Report on vaccination in Madras 1877-1894 - 1877-1894
Year: 1877
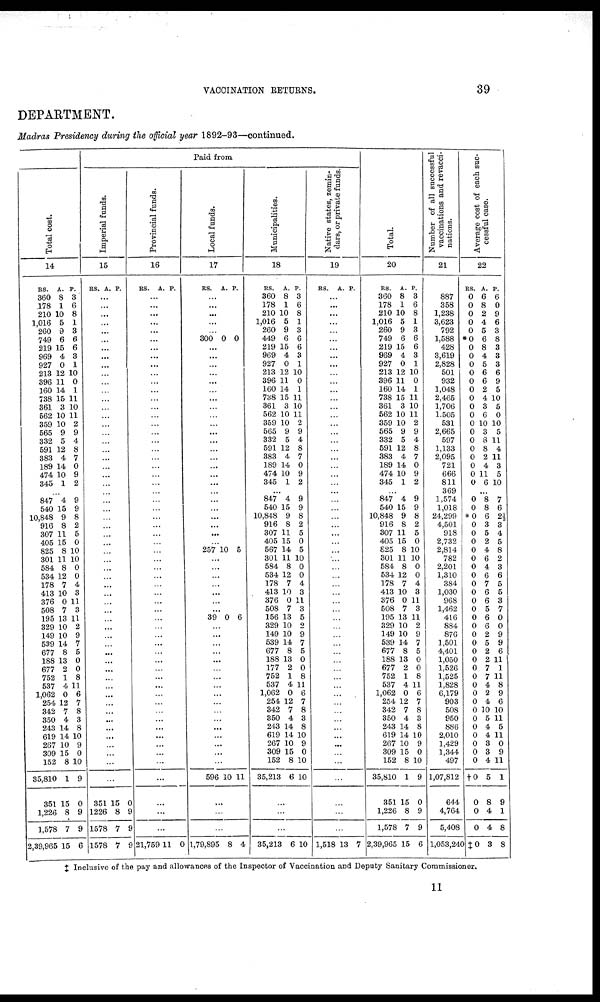
VACCINATION
RETURNS.
39
DEPARTMENT.
Madras Presidency during the official year 1892-93—continued.
Total cost.
14
RS.
360
178
210
1,016
260
749
219
969
927
218
396
160
738
361
562
359
565
332
591
383
189
474
345
A.
8
1
10
5
9
6
15
4
0
12
11
14
15
3
10
10
9
5
12
4
14
10
1
P.
3
6
8
1
3
6
6
3
1
10
0
1
11
10
11
2
9
4
8
7
0
9
2
...
847
540
10,848
916
307
405
825
301
584
534
178
413
376
508
195
329
149
539
677
188
677
752
537
1,062
254
342
350
243
619
267
309
152
35,810
351
1,226
1,576
2,39,965
4
15
9
8
11
15
8
11
8
12
7
10
0
7
13
10
10
14
8
13
2
1
4
0
12
7
4
14
14
10
15
8
1
15
8
7
15
9
9
8
2
5
0
10
10
0
0
4
3
11
3
11
2
9
7
5
0
0
8
11
6
7
8
3
8
10
9
0
10
9
0
9
9
6
Paid from
Imperial funds.
15
RS.
A.
P.
...
...
...
...
...
... ...
...
...
...
...
...
...
...
...
...
...
...
...
...
...
...
...
...
...
...
...
...
...
...
...
...
...
...
...
...
...
...
...
...
...
...
...
...
...
...
...
...
...
...
...
...
...
...
...
...
...
351
1226
1578
1578
15
8
7
7
0
9
9
9
Provincial funds.
16
RS.
A. P.
...
...
...
...
...
... ...
...
...
...
...
...
...
...
...
...
...
...
...
...
...
...
...
...
...
...
...
...
...
...
...
...
...
...
...
...
...
...
...
...
...
...
...
...
...
...
...
...
...
...
...
...
...
...
...
...
...
...
...
...
21,759 11 0
Local funds.
17
RS. A. P.
...
...
...
...
...
300 0 0
...
...
...
...
...
...
...
...
...
...
...
...
...
...
...
...
...
...
...
...
...
...
...
...
257 10 5
...
...
...
...
...
...
...
39 0 6
...
...
...
...
...
...
...
...
...
...
...
...
...
...
...
...
...
596 10 11
...
...
...
1,79,895 8 4
Municipalities.
18
RS.
360
178
210
1,016
260
449
219
969
927
213
396
160
738
361
562
359
565
332
591
383
189
474
345
A.
8
1
10
5
9
6
15
4
0
12
11
14
15
3
10
10
9
5
12
4
14
10
1
P.
3
6
8
1
3
6
6
3
1
10
0
1
11
10
11
2
9
4
8
7
0
9
2
...
847
540
10,848
916
307
405
567
301
584
534
178
413
376
508
156
329
149
539
677
188
177
752
537
1,062
254
342
350
243
619
267
309
152
35,213
4
15
9
8
11
15
14
11
8
12
7
10
0
7
13
10
10
14
8
13
2
1
4
0
12
7
4
14
14
10
15
8
6
9
9
8
2
5
0
5
10
0
0
4
3
11
3
5
2
9
7
5
0
0
8
11
6
7
8
3
8
10
9
0
10
10
...
...
...
35,213 6 10
Native states, zemin-
dare, or private funds.
19
RS. A. P.
...
...
...
...
...
... ...
...
...
...
...
...
...
...
...
...
...
...
...
...
...
...
...
...
...
...
...
...
...
...
...
...
...
...
...
...
...
...
...
...
...
...
...
...
...
...
...
...
...
...
...
...
...
...
...
...
...
...
...
...
1,518 13 7
Total.
20
RS.
360
178
210
1,016
260
749
219
969
927
213
396
160
738
361
562
359
565
332
591
383
189
474
345
A.
8
1
10
5
9
6
15
4
0
12
11
14
15
3
10
10
9
5
12
4
14
10
1
P.
3
6
8
1
3
6
6
3
1
10
0
1
11
10
11
2
9
4
8
7
0
9
2
... 847
540
10,848
916
307
405
825
301
584
534
178
413
376
508
195
329
149
539
677
188
677
752
537
1,062
254
342
350
243
619
267
309
152
35,810
351
1,226
1,576
2,39,965
4
15
9
8
11
15
8
11
8
12
7
10
0
7
13
10
10
14
8
13
2
1
4
0
12
7
4
14
14
10
15
8
1
15
8
7
15
9
9
8
2
5
0
10
10
0
0
4
3
11
3
11
2
9
7
5
0
0
8
11
6
7
8
3
8
10
9
0
10
9
0
9
9
6
Number of all successful
vaccinations and revacci-
nations.
21
887
358
1,238
3,623
792
1,588
428
3,619
2,828
501
932
1,048
2,465
1,706
1,505
531
2,665
597
1,133
2,095
721
666
811
369
1,574
1,018
24,299
4,501
918
2,732
2,814
782
2,201
1,310
384
1,030
968
1,462
416
884
876
1,501
4,401
1,050
1,526
1,525
1,828
6,179
903
508
950
886
2,010
1,429
1,344
497
1,07,812
644
4,764
5,408
1,053,240
Average cost of each suc-
cessful case.
22
RS.
0
0
0
0
0
*0
0
0
0
0
0
0
0
0
0
0
0
0
0
0
0
0
0
A.
6
8
2
4
5
6
8
4
5
6
6
2
4
3
6
10
3
8
8
2
4
11
6
P.
6
0
9
6
3
8
3
3
3
6
9
5
10
5
0
10
5
11
4
11
3
5
10
...
0
0
#0
0
0
0
0
0
0
0
0
0
0
0
0
0
0
0
0
0
0
0
0
0
0
0
0
0
0
0
0
0
†0
0
0
0
‡0
8
8
6
3
5
2
4
6
4
6
7
6
6
5
6
6
2
5
2
2
7
7
4
2
4
10
5
4
4
3
3
4
5
8
4
4
3
7
6
2½
3
4
5
8
2
3
6
5
5
3
7
0
0
9
9
6
11
1
11
8
9
6
10
11
5
11
0
9
11
1
9
1
8
8
‡ Inclusive of the pay and allowances of the Inspector of Vaccination and Deputy Sanitary Commissioner.
11